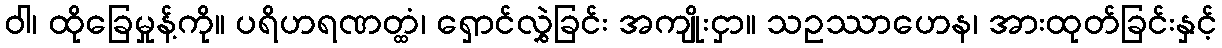
ဝါ၊ ထိုခြေမှုန့်ကို။ ပရိဟရဏတ္ထံ၊ ရှောင်လွှဲခြင်း အကျိုးငှာ။ သဥဿာဟေန၊ အားထုတ်ခြင်းနှင့်